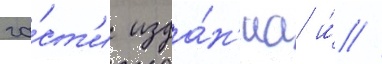
ча́ст'и изда́н'иа и́ //